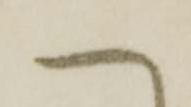
へ